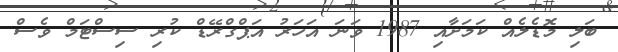
ބަލި މޮޑެލެއް ކަމަށާއި 1987 ވަނަ އަހަރު އަޕްގްރޭޑް ކުރި ސިސްޓަމް ވެސް